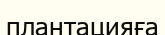
плантацияға